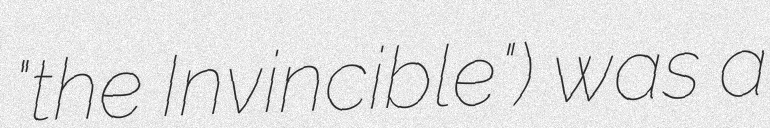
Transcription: "the Invincible") was a